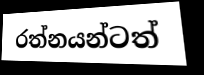
රත්නයන්ටත්